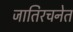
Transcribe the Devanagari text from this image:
जातिरचनेत